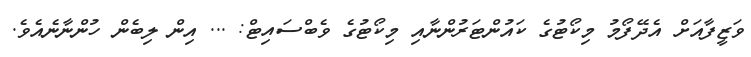
ވަޒީފާއަށް އެދޭފޯމު މިކޯޓުގެ ކައުންޓަރުންނާއި މިކޯޓުގެ ވެބްސައިޓް: ... އިން ލިބެން ހުންނާނެއެވެ.